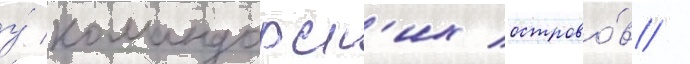
у́ командорск'их острово́в /